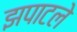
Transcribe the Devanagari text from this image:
झपाटले